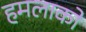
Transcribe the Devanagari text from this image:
हमलाको